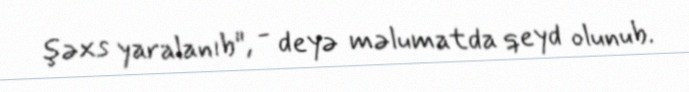
şəxs yaralanıb", - deyə məlumatda qeyd olunub.